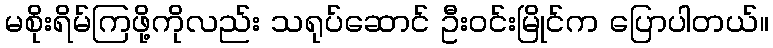
မစိုးရိမ်ကြဖို့ကိုလည်း သရုပ်ဆောင် ဦးဝင်းမြိုင်က ပြောပါတယ်။